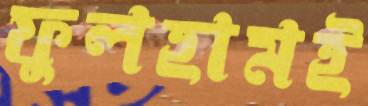
ফুলহামই